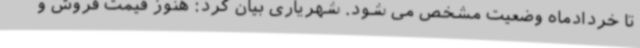
تا خردادماه وضعیت مشخص می شود. شهریاری بیان کرد: هنوز قیمت فروش و